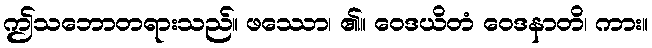
ဤသဘောတရားသည်။ ဖဿော၊ ၏။ ဝေဒယိတံ ဝေဒနာတိ၊ ကား။